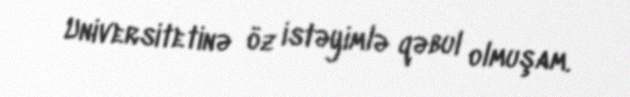
Universitetinə öz istəyimlə qəbul olmuşam.